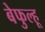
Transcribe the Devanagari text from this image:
बेफुल्हू